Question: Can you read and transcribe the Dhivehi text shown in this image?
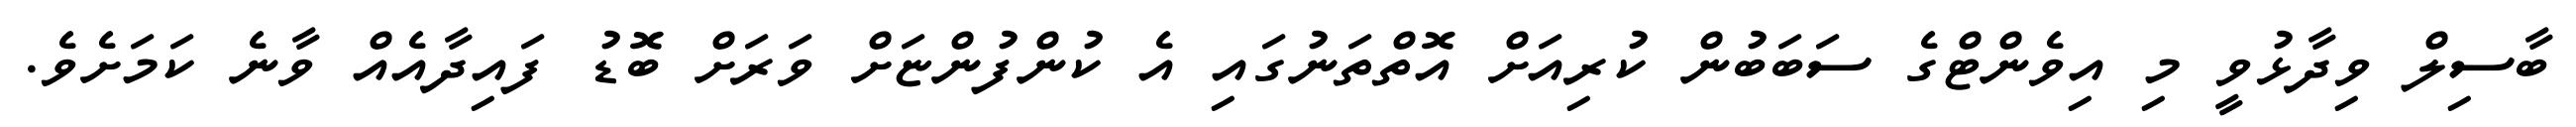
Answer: ބާސިލް ވިދާޅުވީ މި އިވެންޓްގެ ސަބަބުން ކުރިއަށް އޮތްތަނުގައި އެ ކުންފުންޏަށް ވަރަށް ބޮޑު ފައިދާއެއް ވާނެ ކަމަށެވެ.